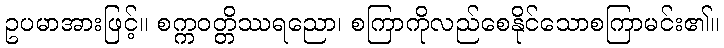
ဥပမာအားဖြင့်။ စက္ကဝတ္တိဿရညော၊ စကြာကိုလည်စေနိုင်သောစကြာမင်း၏။